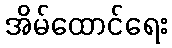
အိမ်ထောင်ရေး